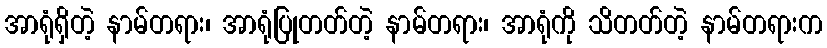
အာရုံရှိတဲ့ နာမ်တရား၊ အာရုံပြုတတ်တဲ့ နာမ်တရား၊ အာရုံကို သိတတ်တဲ့ နာမ်တရားက